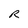
Character: R